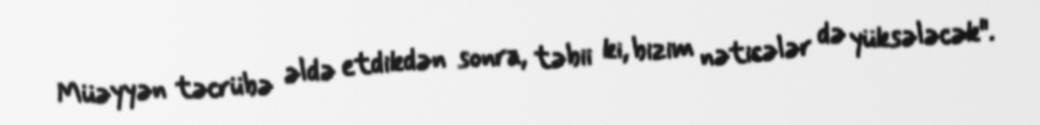
Müəyyən təcrübə əldə etdikdən sonra, təbii ki, bizim nəticələr də yüksələcək".